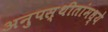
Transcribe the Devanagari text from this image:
अनुपस्थीतांमध्ये